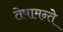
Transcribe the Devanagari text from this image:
तेषामन्ते